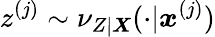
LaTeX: z^{(j)}\sim\nu_{Z|\boldsymbol{X}}(\cdot|\boldsymbol{x}^{(j)})